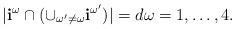
LaTeX: \begin{align*} |{\bf i}^{\omega} \cap (\cup_{\omega' \not = \omega} {\bf i}^{\omega'})| = d \omega = 1, \dots, 4.\end{align*}